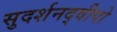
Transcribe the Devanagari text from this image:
सुदर्शनद्वीपो